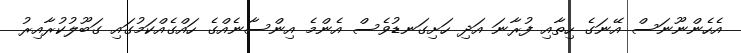
އެހެންނޫނަސް އޭނަގެ ހިތާއި ފުރާނަ އަދި ހަށިގަނޑުވެސް އެންމެ އިންސާނެއްގެ ހައްގެއްކަމުގައި ގަބޫލުކުރާއިރު